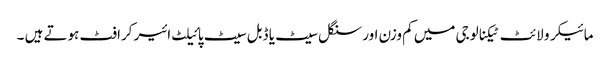
مائیکرو لائٹ ٹیکنالوجی میں کم وزن اور سنگل سیٹ یا ڈبل سیٹ پائیلٹ ائیر کرافٹ ہوتے ہیں ۔